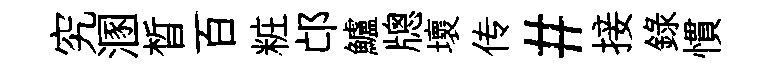
究溷晳百粧邙鱸牕壞传#接録慣